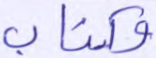
وكتاب